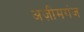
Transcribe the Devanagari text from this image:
अज़ीमगंज